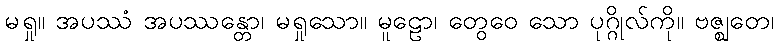
မရှု။ အပဿံ အပဿန္တော၊ မရှုသော။ မူဠော၊ တွေဝေ သော ပုဂ္ဂိုလ်ကို။ ဗဇ္ဈတေ၊